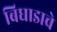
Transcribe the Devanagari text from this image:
बिघाडाचे